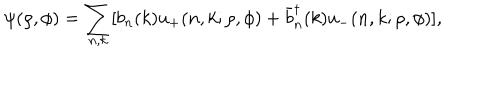
\psi ( \rho , \phi ) = \sum _ { n , k } [ b _ { n } ( k ) u _ { + } ( n , k ; \rho , \phi ) + \bar { b } _ { n } ^ { \dagger } ( k ) u _ { - } ( n , k ; \rho , \phi ) ] ,